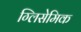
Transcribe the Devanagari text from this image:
ग्लिसेमिक